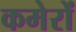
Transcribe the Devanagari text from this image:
कमेरों